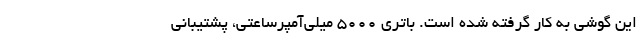
این گوشی به کار گرفته شده است. باتری 5000 میلی‌آمپرساعتی، پشتیبانی